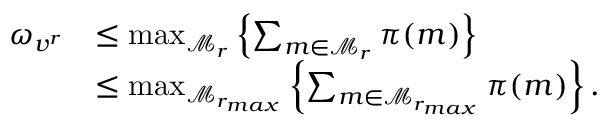
\begin{array} { r l } { \omega _ { v ^ { r } } } & { \leq \operatorname* { m a x } _ { \mathcal { M } _ { r } } \left\{ \sum _ { m \in \mathcal { M } _ { r } } \pi ( m ) \right\} } \\ & { \leq \operatorname* { m a x } _ { \mathcal { M } _ { r _ { m a x } } } \left\{ \sum _ { m \in \mathcal { M } _ { r _ { m a x } } } \pi ( m ) \right\} . } \end{array}